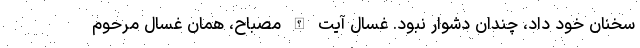
سخنان خود داد، چندان دشوار نبود. غسّال آیت الله مصباح، همان غسال مرحوم